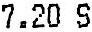
7.20 S